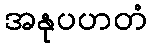
အနုပဟတံ